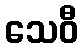
သေဝီ